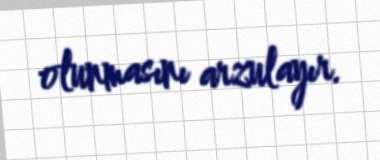
olunmasını arzulayır.